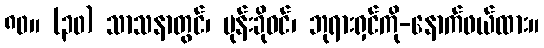
၈၀။ (၃၀) သာသနာတွင်၊ ပုန်းခိုဝင်၊ ဘုရားရှင်ကို-နောက်ဖယ်ထား။